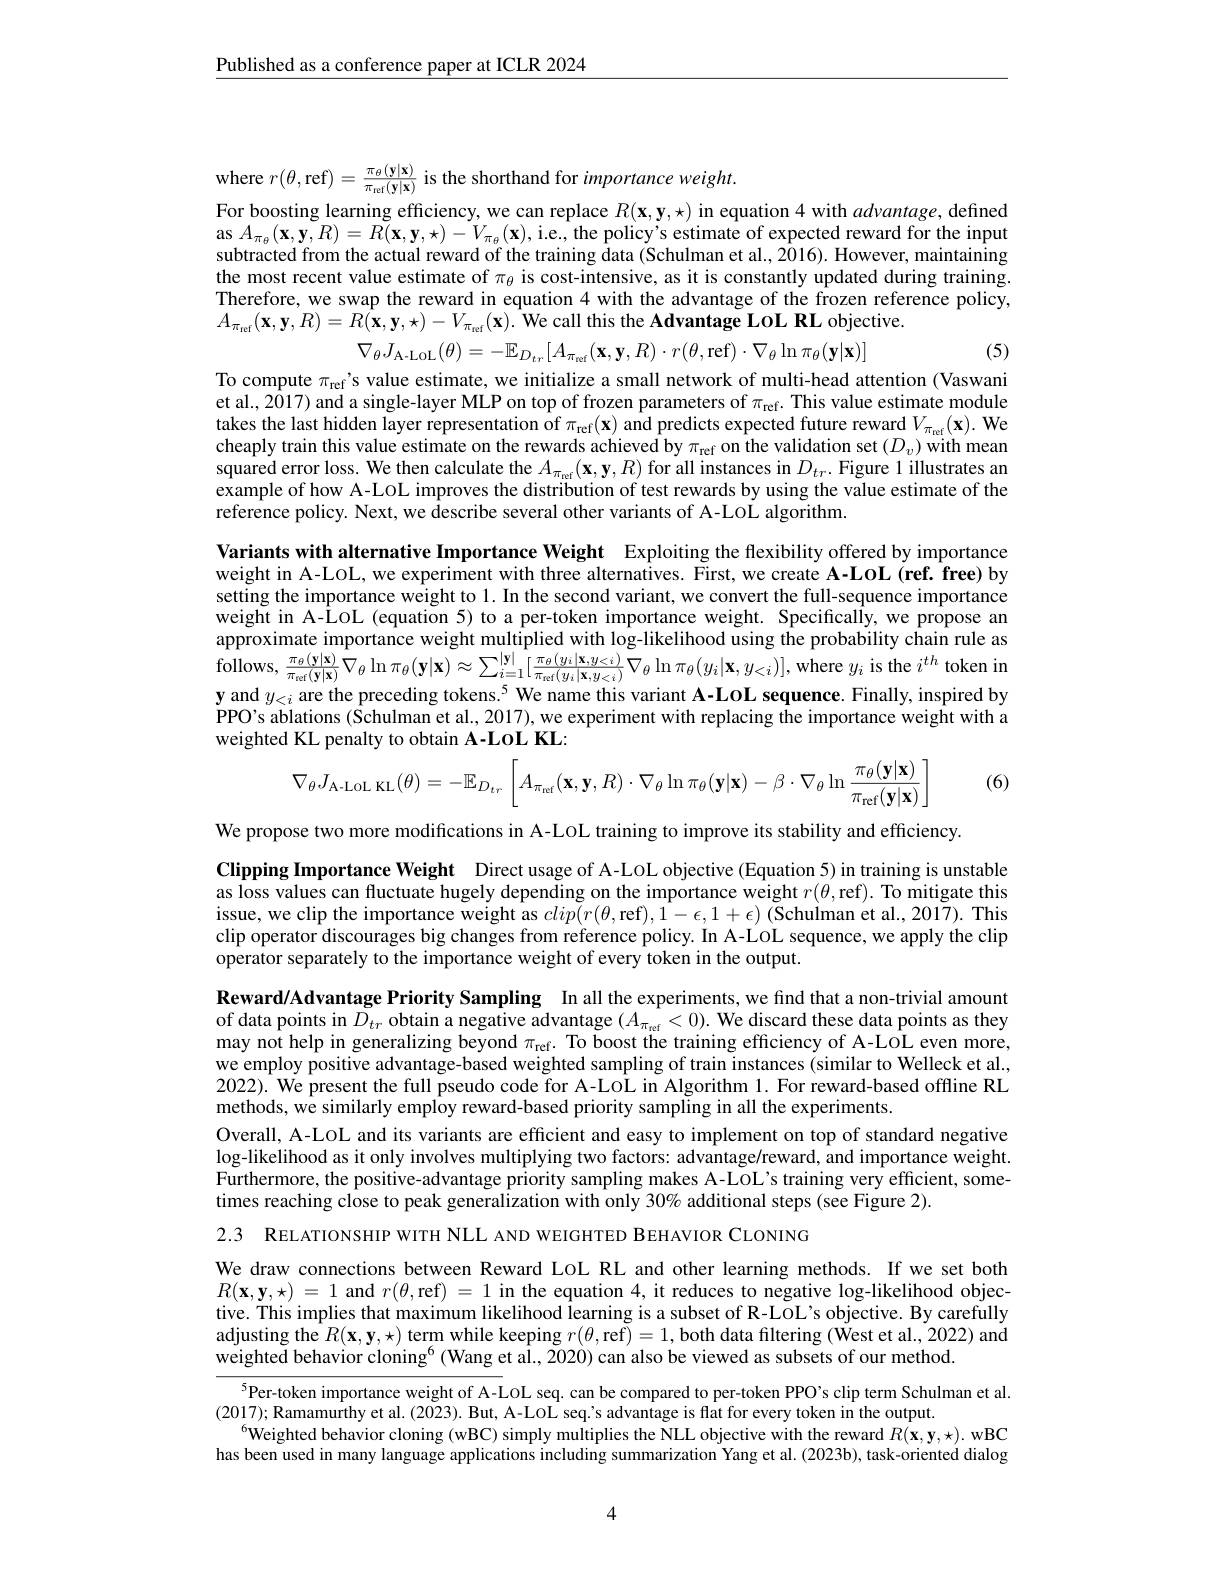
$\underline{\text{Published as a conference paper at ICLR 2024}}$

where $r(\theta$,ref$) = \frac \pi \theta ( \mathbf{y} | \mathbf{x} ) {\pi _{\mathrm{ref}}( \mathbf{y} | \mathbf{x} ) }$ is the shorthand for importance weight.

For boosting learning efficiency, we can replace $R(\mathbf{x},\mathbf{y},\star)$ in equation 4 with $advantage$, defined as $A_{\pi_{\theta}}(\mathbf{x},\mathbf{y},R)=\tilde{R}(\mathbf{x},\mathbf{y},\star)-V_{\pi_{\theta}}(\mathbf{x})$,i.e, the policy's estimate of expected reward for the input subtracted from the actual reward of the training data (Schulman et al., 2016). However, maintaining the most recent value estimate of $\pi_\theta$ is cost-intensive, as it is constantly updated during training. Therefore, we swap the reward in equation 4 with the advantage of the frozen reference policy, $A_{\pi _{\mathrm{ref}}}( \mathbf{x} , \mathbf{y} , R) = \bar {R( \mathbf{x} , \mathbf{y} , \star ) }- V_{\pi _{\mathrm{ref}}}( \mathbf{x} ) . \bar{\text{We call this the Advantage LoL RL objective}} .$

(5)

To compute $\pi_\mathrm{ref}$'s value estimate, we initialize a small network of multi-head attention (Vaswani et al., 2017) and a single-layer MLP on top of frozen parameters of $\pi_\mathrm{ref}.$ This value estimate module takes the last hidden layer representation of $\pi _\mathrm{ref}( \mathbf{x} )$ and predicts expected future reward $V_\pi_\mathrm{ref}(\mathbf{x}).$ We cheaply train this value estimate on the rewards achieved by $\pi_\mathrm{ref}$ on the validation set $(D_v)$ with mean squared error loss. We then calculate the $A_{\pi _\mathrm{ref}}( \mathbf{x} , \mathbf{y} , R)$ for all instances in $D_tr.$ Figure 1 illustrates an example of how A-LOL improves the distribution of test rewards by using the value estimate of the reference policy. Next, we describe several other variants of A-LOL algorithm.

$\nabla _{\theta }J_{\mathrm{A- LOL}}( \theta ) = - \mathbb{E} _{D_{tr}}[ A_{\pi _{\mathrm{ref}}}( \mathbf{x} , \mathbf{y} , R) \cdot r( \theta $,ref$)\cdot\nabla_\theta\ln\pi_\theta(\mathbf{y}|\mathbf{x})]$
Variants with alternative Importance Weight Exploiting the flexibility offered by importance weight in A-LOL, we experiment with three alternatives. First, we create A-LoL (ref. free) by setting the importance weight to 1. In the second varriant, we convert the full-sequence importance weight in A-ÎoL (equation 5) to a per-token importance weight. SpecificalÎy, we propose an approximate importance weight multiplied with log-likelihood using the probability chain rule as follows, $\frac {\pi _{\theta }( \mathbf{y} | \mathbf{x} ) }{\pi _{\mathrm{erf}}( \mathbf{y} | \mathbf{x} ) }\nabla _{\theta }\ln \pi _{\theta }( \mathbf{y} | \mathbf{x} ) \approx \sum _{i= 1}^{| \mathbf{y} | }[ \frac {\pi _{\theta }( y_{i}| \mathbf{x} , y< i) }{\pi _{\mathrm{eref}}( y_{i}| \mathbf{x} , y_{< i}) }\nabla _{\theta }\ln \pi _{\theta }( y_{i}| \mathbf{x} , y_{< i}) ] $,where $y_{i}$ is the $i^{th}$ token in $\mathbf{y}$ and $y_<i$ are the preceding tokens.$^{5}$ We name this variant A-LoL sequence. Finally, inspired by PPO's ablations (Schulman et al., 2017), we experiment with replacing the importance weight with a weighted KL penalty to obtain A-LoL KL:
(6)
$$\nabla_{\theta}J_{\text{A-LOL KL}}(\theta)=-\mathbb{E}_{D_{tr}}\left[A_{\pi_{\mathrm{ref}}}(\mathbf{x},\mathbf{y},R)\cdot\nabla_{\theta}\ln\pi_{\theta}(\mathbf{y}|\mathbf{x})-\beta\cdot\nabla_{\theta}\ln\frac{\pi_{\theta}(\mathbf{y}|\mathbf{x})}{\pi_{\mathrm{ref}}(\mathbf{y}|\mathbf{x})}\right]$$
We propose two more modifications in A-LOL training to improve its stability and efficiency.
Clipping Importance Weight Direct usage of A-LOL objective (Equation 5) in training is unstable as loss values can fluctuate hugely depending on the importance wêight $r(\theta$,ref). To mitigate this issue, we clip the importance weight as $clip(r(\theta$,ref$),1-\epsilon,1+\epsilon)$ (Schulman et al., 2017). This clip operator discourages big changes from reference policy. In A-LOL sequence, we apply the clip operator separately to the importance weight of every token in the output.

Reward/Advantage Priority Sampling In all the experiments, we find that a non-trivial amount of data points in $D_tr$ obtain a negative advantage $(A_\pi_\mathrm{vef}<0).$ We discard these data points as they may not help in generalizing beyond $\pi_\mathrm{ref}.$ To boost the training efficiency of A-LOL even more, we employ positive advantage-based weighted sampling of train instances (similar to Welleck et al., 2022). We present the full pseudo code for A-LoL in Algorithm 1. For reward-based offline RL methods, we similarly employ reward-based priority sampling in all the experiments.
Overall, A-LOL and its variants are efficient and easy to implement on top of standard negative $\log$-likelihood as it only involves multiplying two factors: advantage/reward, and importance weight. Furthermore, the positive-advantage priority sampling makes A-LOL's training very efficient, sometimes reaching close to peak generalization with only 30% additional steps (see Figure 2).

2.3 RELATIONSHIP WITH NLL AND WEIGHTED BEHAVIOR CLONING

We draw connections between Reward LoL RL and other learning methods. If we set both $R(\mathbf{x},\mathbf{y},\star)=1$ and $r(\theta$,ref)=1 in the equation 4, it reduces to negative log-likelihood objective. This implies that maximum likelihood Îearning is a subset of R-LOL's objective. By carefully adjusting the $R(\mathbf{x},\mathbf{y},\star)$ term while keeping $r(\theta$,ref)=1, both data filtering (West et al., 2022) and weighted behavior cloning$^6$(Wang et al., 2020) can also be viewed as subsets of our method.

$^{5}$Per-token importance weight of A-LOL seq. can be compared to per-token PPO's clip term Schulman et al.
(2017);Ramamurthy et al.(2023). But, A-LOL seq.'s advantage is flat for every token in the output.
$^{6}$Weighted behavior cloning (wBC) simply multiplies the NLL objective with the reward $R(\mathbf{x},\mathbf{y},\star).$ wBC has been used in many language applications including summarization Yang et al.(2023b), task-oriented dialog

4